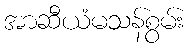
အာဆီယံမသန်စွမ်း